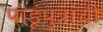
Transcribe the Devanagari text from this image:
पाडूंपुत्रांची